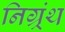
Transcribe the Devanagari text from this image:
निग्र्रंथ